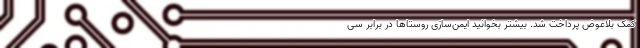
کمک بلاعوض پرداخت شد. بیشتر بخوانید ایمن‌سازی روستاها در برابر سی